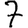
Digit: 7